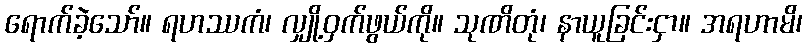
ရောက်ခဲ့သော်။ ရဟဿကံ၊ လျှို့ဝှက်ဖွယ်ကို။ သုဏိတုံ၊ နာယူခြင်းငှာ။ အရဟာမိ၊